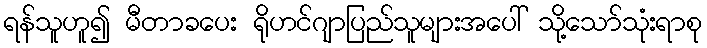
ရန်သူဟူ၍ မီတာခပေး ရိုဟင်ဂျာပြည်သူများအပေါ် သို့သော်သုံးရာစု